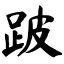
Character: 跛